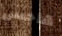
هاجس